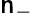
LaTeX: \mathsf{n}_{-}